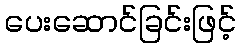
ပေးဆောင်ခြင်းဖြင့်